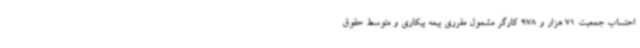
احتساب جمعیت 71 هزار و 978 کارگر مشمول مقرری بیمه بیکاری و متوسط حقوق